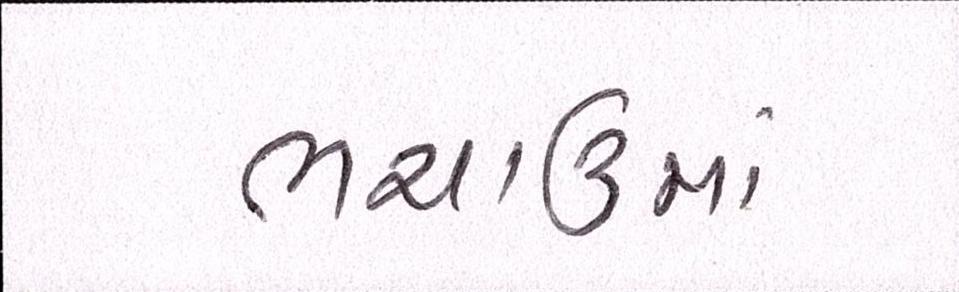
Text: ભચાઉમાં